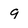
Character: 9